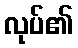
လုပ်၏